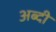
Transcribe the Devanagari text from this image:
अब्दी